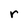
Character: r